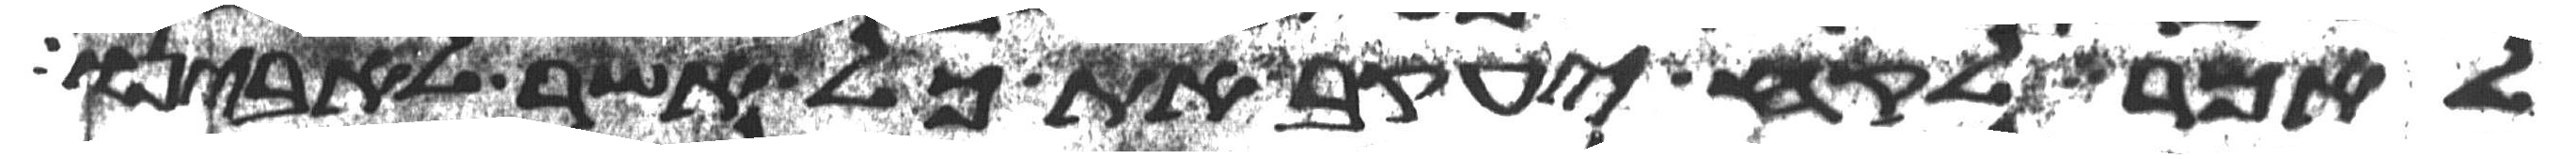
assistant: לאמר לקח יעקב את כל אשר לאבינו